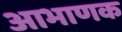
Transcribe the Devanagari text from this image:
आभाणक